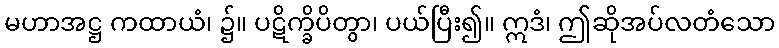
မဟာအဋ္ဌ ကထာယံ၊ ၌။ ပဋိက္ခိပိတွာ၊ ပယ်ပြီး၍။ ဣဒံ၊ ဤဆိုအပ်လတံသော